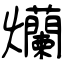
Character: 爤